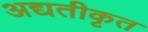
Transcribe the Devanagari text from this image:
अद्यतीकृत